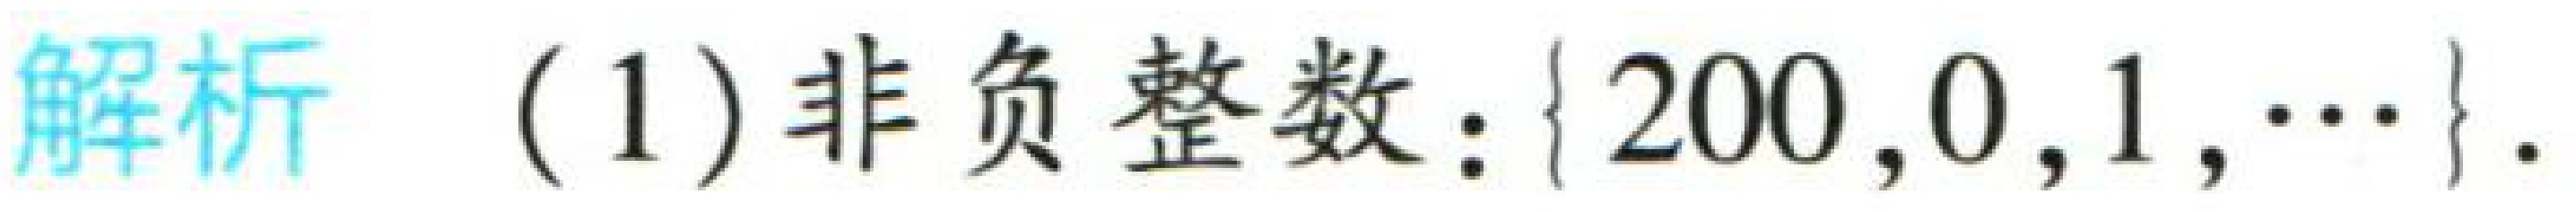
解析 (1) 非负整数：$\{200,0,1,\cdots\}$.